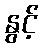
နွင့်